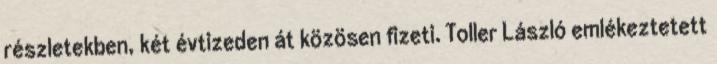
részletekben, két évtizeden át közösen fizeti. Toller László emlékeztetett